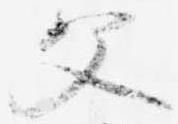
父